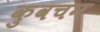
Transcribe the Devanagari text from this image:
कुवचन